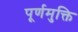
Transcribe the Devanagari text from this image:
पूर्णमुक्ति